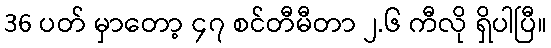
36 ပတ် မှာတော့ ၄၇ စင်တီမီတာ ၂.၆ ကီလို ရှိပါပြီ။